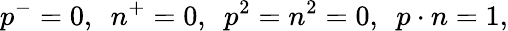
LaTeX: p^{-}=0,\ \ n^{+}=0,\ \ p^{2}=n^{2}=0,\ \ p\cdot n=1,